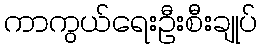
ကာကွယ်ရေးဦးစီးချုပ်